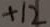
Text: +12